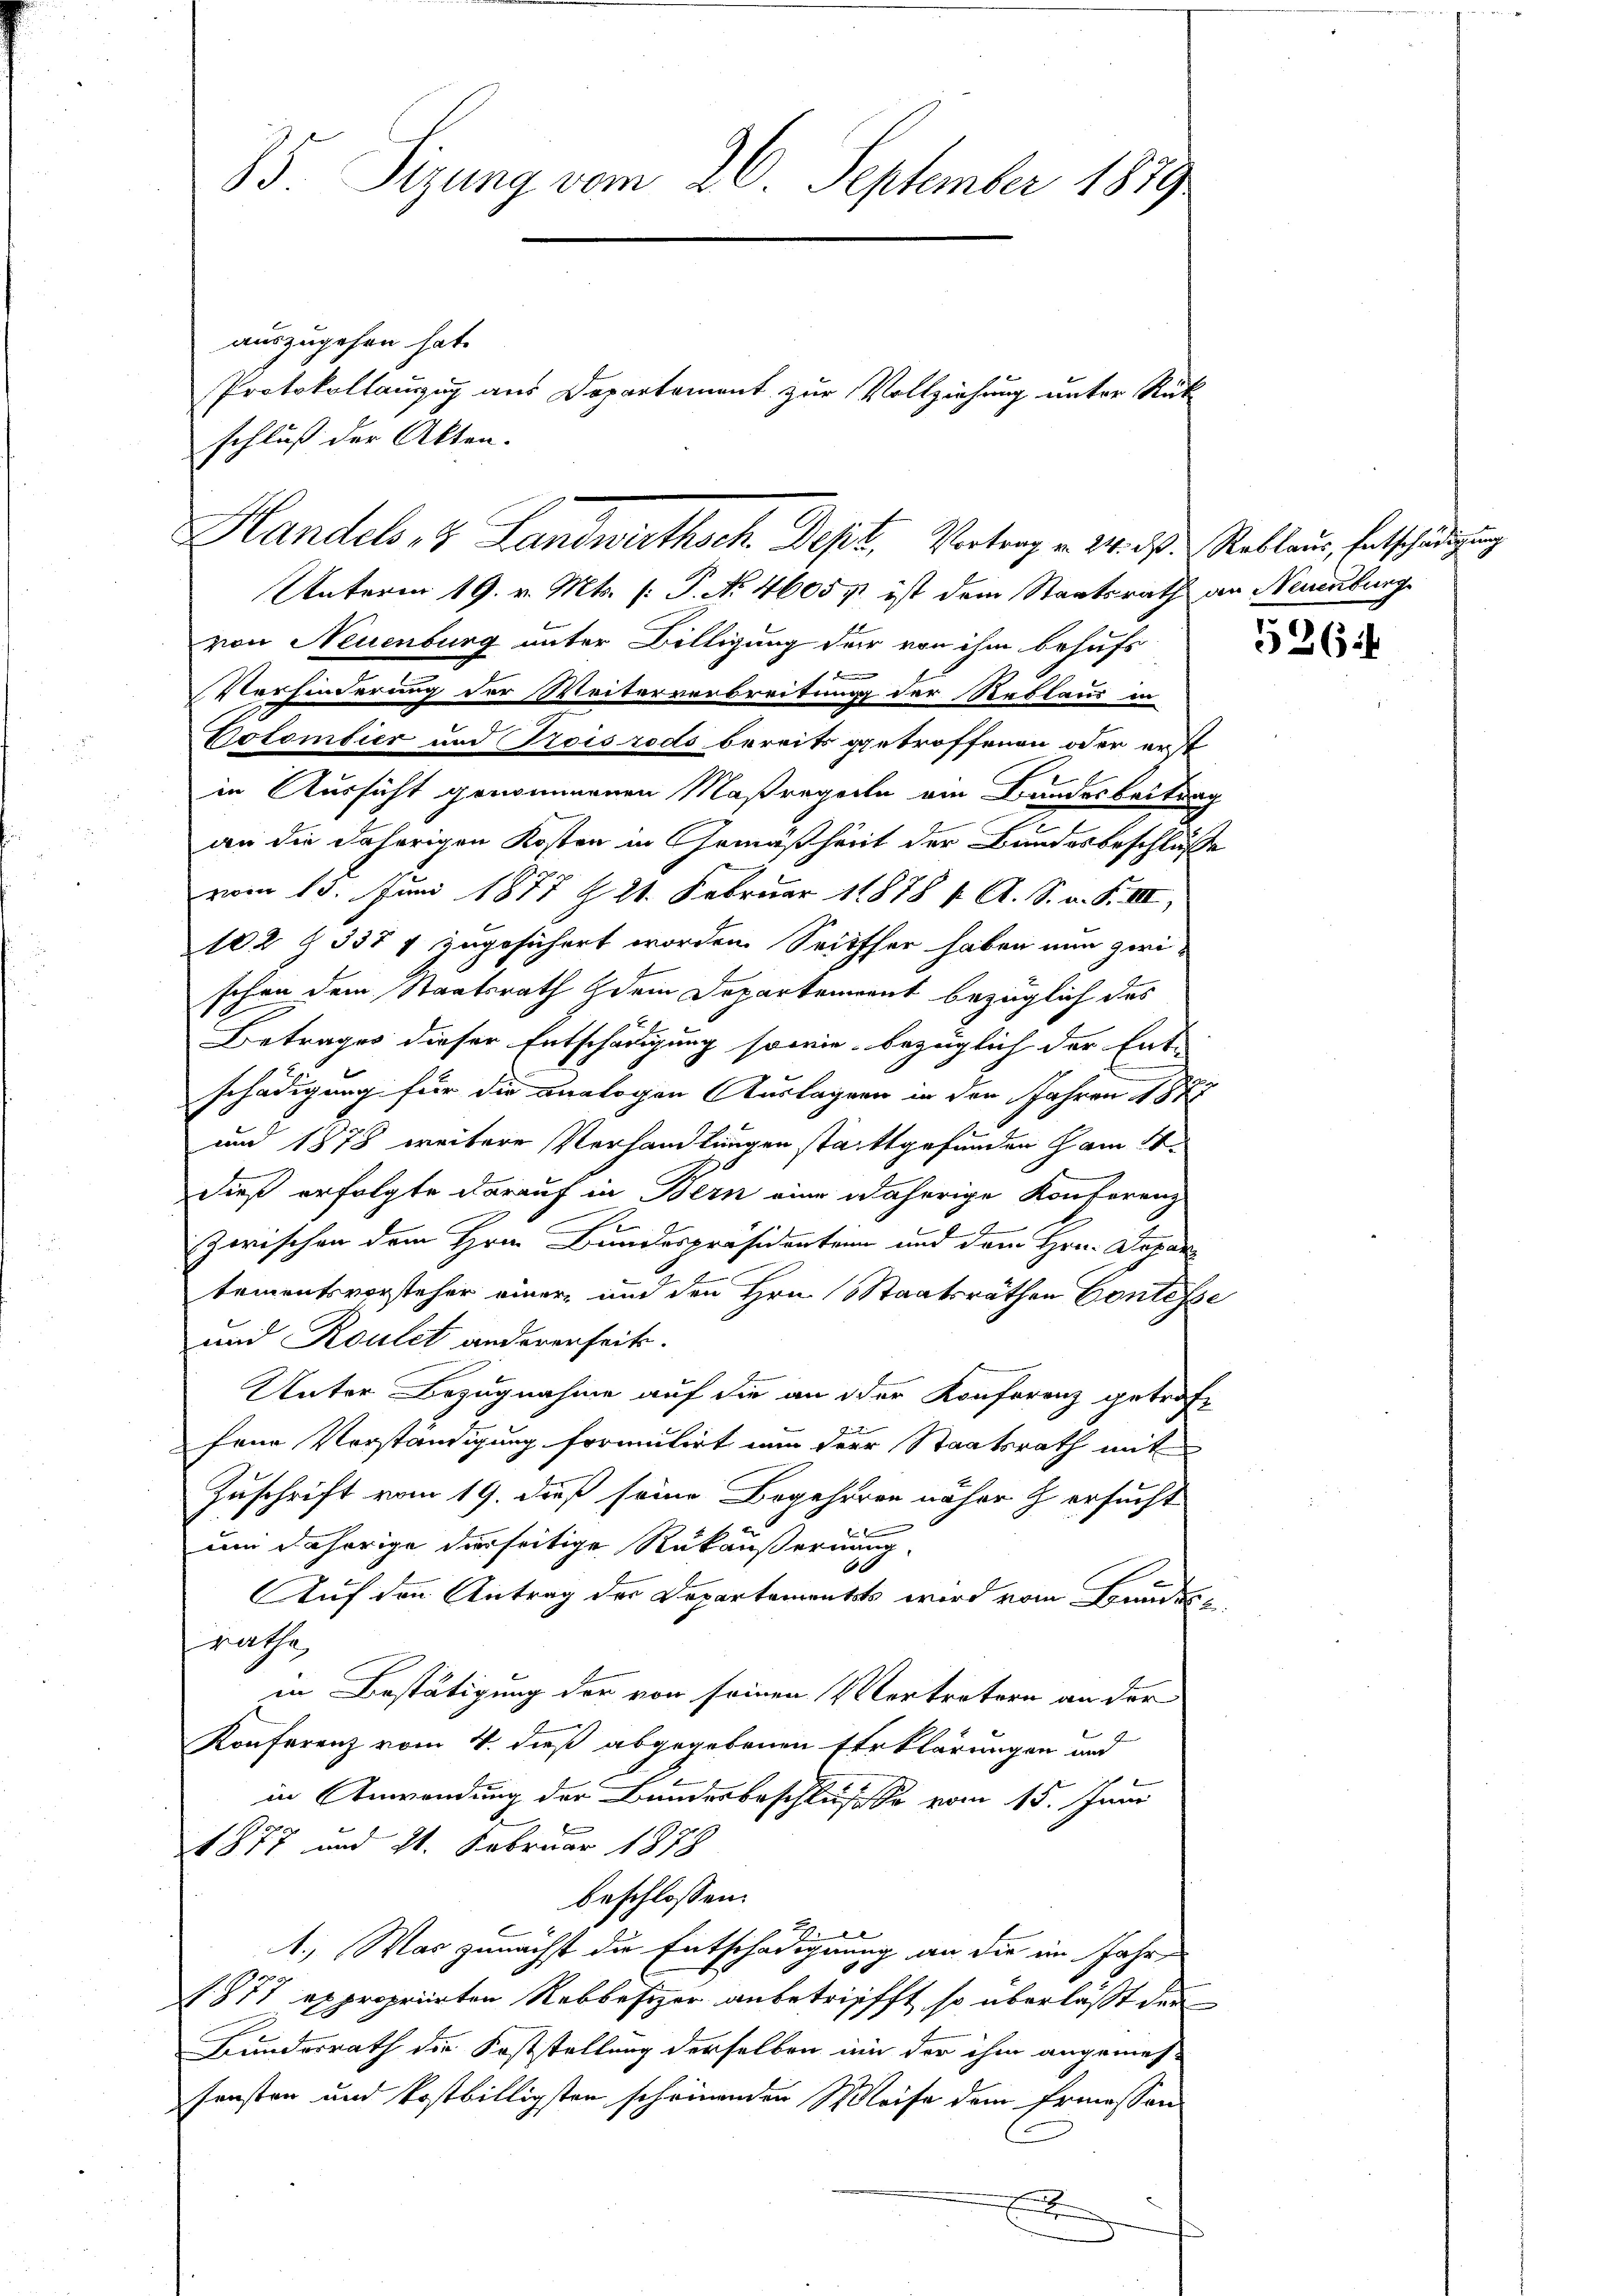
75. Sizung vom 26. September 1879.
auszugehen hat.
Protokollauszug aus Departement zur Vollziehung unter Rück
schluß der Akten.

Unterm 19. v. Mts. (: P. Nr. 4605 pt ist dem Staatsrath an Neuenburg
von Neuenburg unter Billigung der von ihm behufs
f den |
Verhinderung der Weiterverbreitung der Reblaus in
Dotombier und Troisrods bereits getroffenen oder erst
in Aussicht genommenen Maßregeln ein Bandesbeitrag
2
an die daherigen Kosten in Gemäßheit der Bundesbeschlüsse
vom 15. Juni 1877 § 21. Februar 11878 f. A. S. v. F. III,
102 § 337 & zugesichert worden. Seither haben nun zwi-
schon dem Staatsrath dem Departement bezüglich das
Betrages dieser Entschädigung sowie bezüglich der Ent-
schädigung für die analogen Auslagen in den Jahren 1887
S
und 1878 weitere Verhandlungen stattgefunden han
dieß erfolgte darauf in Bern eine näherige Konferenz
zwischen dem Hrn. Bundespräsidentein und dem Hrn. Depar
tementsvorsteher einer und den Hrn. Staatsräthen Contesse
und Roulet andererseits.
Unter Bezugnahme auf die an der Konferenz getraft
fene Verständigung formulirt nun der Staatsrath mit
Zuschrift vom 19. dieß seine Begehreren näher Z. ersucht
f
um daherige derseitige Rukäußernung.
60
Auf den Antrag der Departementsts wird vom Bunde
rathe,
in Bestätigung der von seinen Vertretern an der
Konferenz vom 4. dieß abgegebenen Erklärungen und
d
in Anwendung der Bundesbeschluße vom 15. Juni
1877 und 21. Februar 1878
beschlossen:
1., War zunächst die Entschädignung an die im Jahre
1. 877 expropriirten Rebbesizer anbetrifft, so überlässt der
Bundesrath die Koststellung derselben ein der ihm angemes-
sensten und kostbilligsten scheinenden Weise dem Ermessen
E

Handels 12 Landwirthsch. Dept, Vertrag v. 24. d. Rablaus, Entschädigung

5264